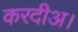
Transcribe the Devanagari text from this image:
करदीअ।